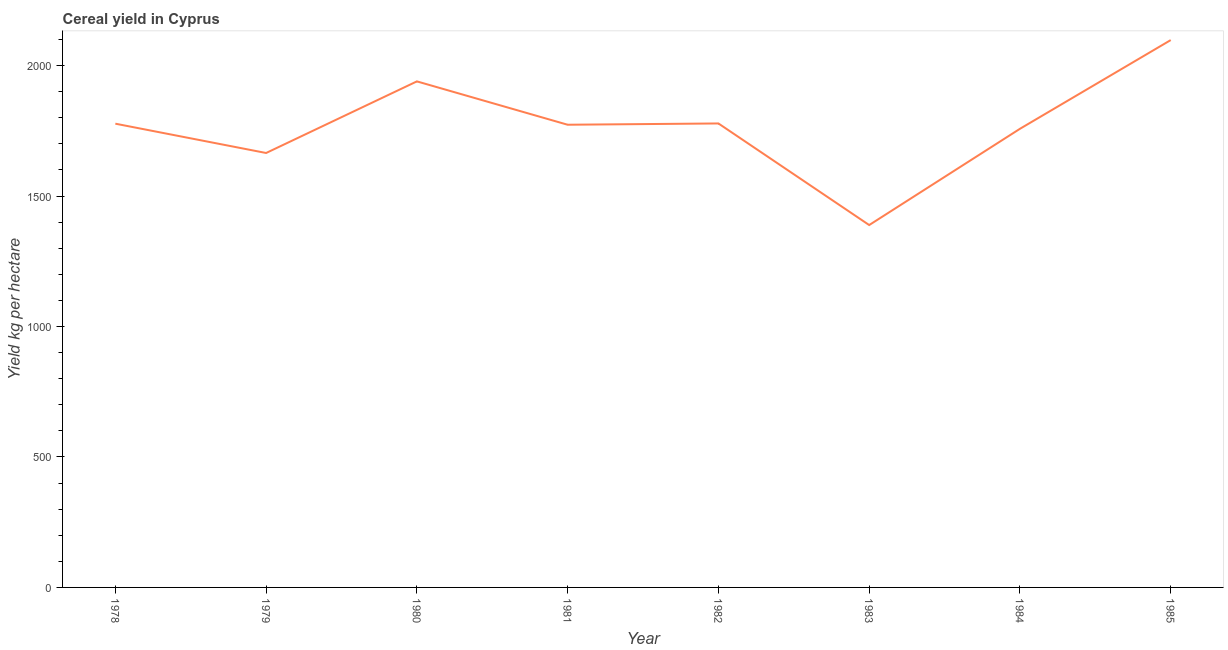
| Year | Cereal yield |
 | --- | --- |
 | 1978 | 1.78e+03 |
 | 1979 | 1.66e+03 |
 | 1980 | 1.94e+03 |
 | 1981 | 1.77e+03 |
 | 1982 | 1.78e+03 |
 | 1983 | 1.39e+03 |
 | 1984 | 1.76e+03 |
 | 1985 | 2.1e+03 |